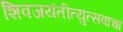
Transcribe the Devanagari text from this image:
शिवजयंतीत्युत्सवाचा